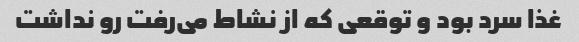
غذا سرد بود و توقعی که از نشاط می‌رفت رو نداشت